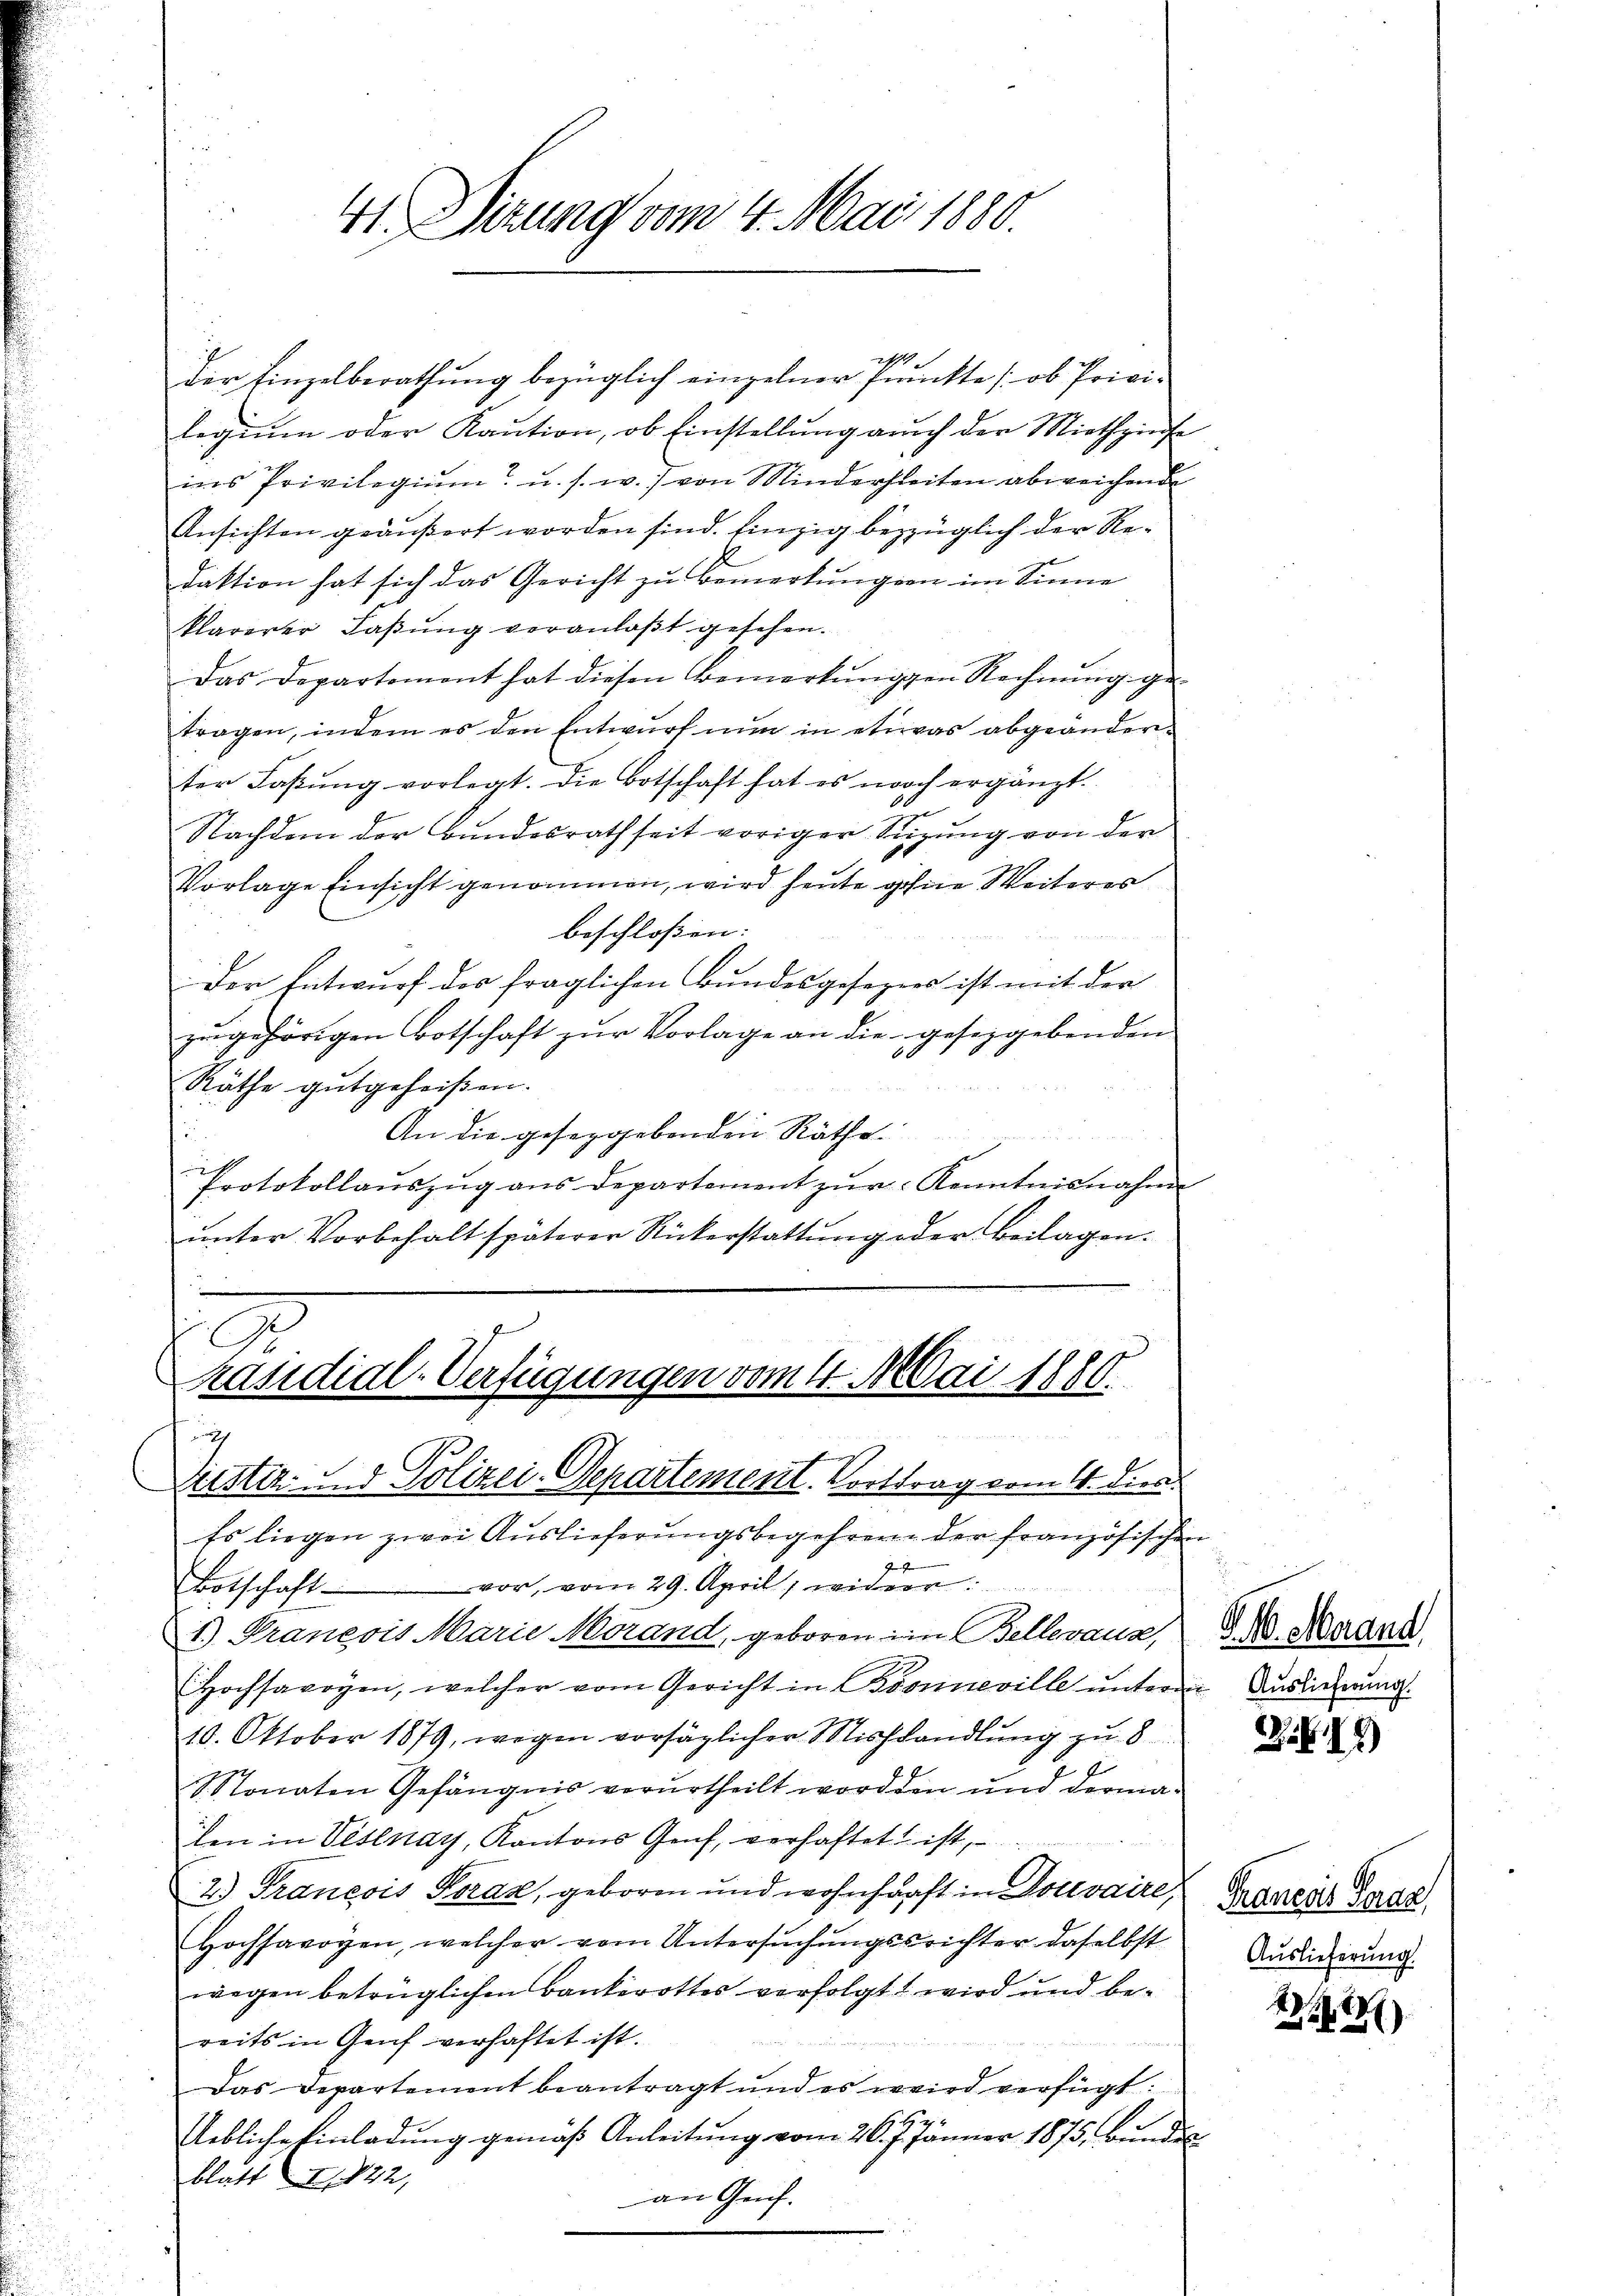
41 Sizung vom 4. Mai 1880.

21.
Der Einzelberathung bezüglich einzelner Punkte (ob Privi-
legium oder Kaŭtion, ob Einstellŭng aŭch der Miethzinse
ins Privilegium u. s. w.) von Minderheiten abweichende
Ansichten geäußert worden sind. Einzig bezüglich der Redaktion hat sich das Gericht zu bemerkungen im Sinne
klarerer Laβŭng veranlaβt gesehen.
Das Departemont hat diesen Bemerkŭngen Rechnŭng ge-
tragen, indem es den Entwurf nun in etwas abgeänderter Laβŭng vorlegt. Die Botschaft hat es noch ergänzt.
Nachdem der Bundesrath seit voriger Seizung von der
Vorlage Einsicht genommen, wird heute gehene Weiteres
beschloßen:
der Entwurf des fraglichen Bundesgesezes ist mit der
zugehörigen Botschaft zur Vorlage an die gesetzgebenden
60
Räthe gutgeheißen.
An die geseggebenden Räthe
Protokollaŭszŭg ans Departement zŭr Kenntnisnahme
ŭnter Vorbehalt späterer Rückerstattŭng oder Beilagen.

.
räsidial-Verfügungen vom 4. Mai 1880.

Lister u. Polizei-Separtement. Forttrag vom 4. dies

Es liegen zwei Auslieferungsbegehren der französischen
R
Botschaft vor, vom 29. April, widerr
1.) Praneois Marie Morand, geboren in Belleraus,
Hochsavoyen, welcher vom Gericht in Boosneville ŭnterm Aŭsweierŭng.
e
10. Oktober 1879, wegen vorsäglicher Misshandlung zu 8
SStonaten Gefängnis verurtheilt worden und dermalen in Vestnay, Kantons Genf, verhaftet ist,
2. Francois Porak, geboren und wohnhaft in Docevaire,
Hochsavoyen, welcher vom Untersŭchŭngssrichter daselbst
wegen betrüglichen Bankerottes verfolgt wird und bereits in Genf verhaftet ist.
Das Departement beantragt und es wird verfügt:
Uebliche Einladŭng gemäβ Anleitŭng vom 26. J. Jänner 1875. bŭndes
blatt I. 822,
an Geif.

.
S. 16. Merand,

.S. I4)

Graneois Graz
Auslieferung.

22)